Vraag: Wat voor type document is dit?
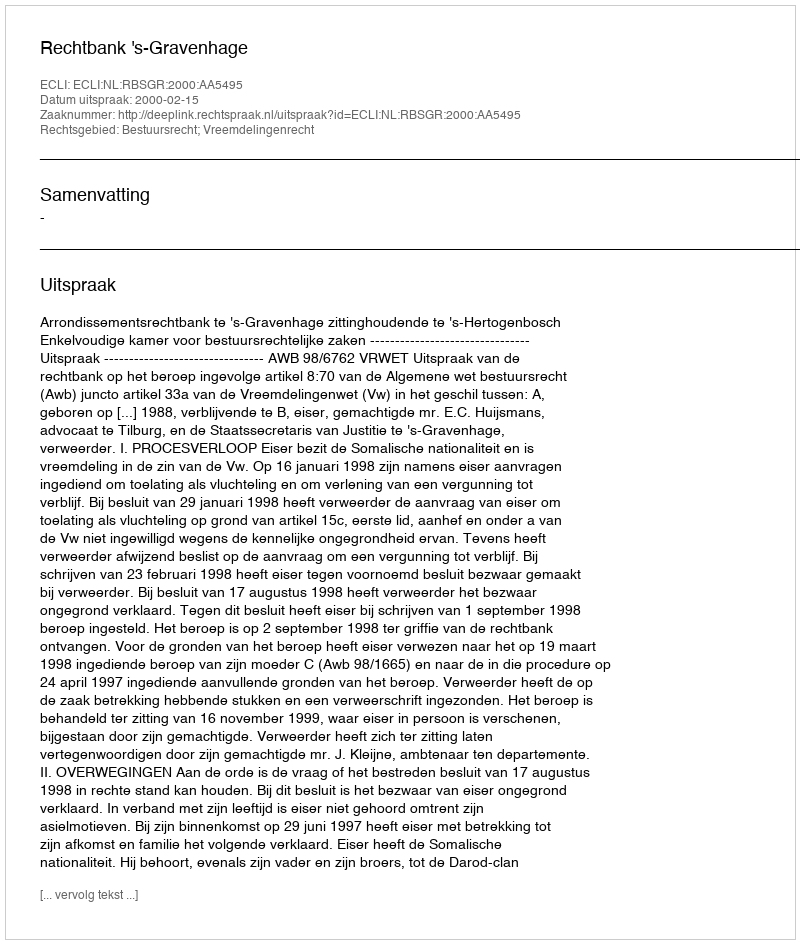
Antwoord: Uitspraak